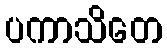
ပကာသိတေ